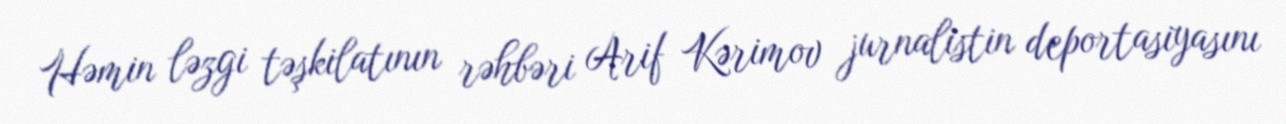
Həmin ləzgi təşkilatının rəhbəri Arif Kərimov jurnalistin deportasiyasını